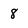
Character: 8